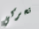
تحركي